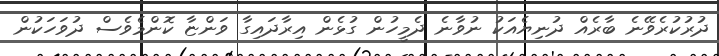
ދުރުކުރެވޭނެ ބާރެއް ދުނިޔެއަކު ނުވާނެ ދެމީހުން ގުޅެން އިރާދައިގާ ވަންޏާ ކޮންމެވެސް ދުވަހަކުން